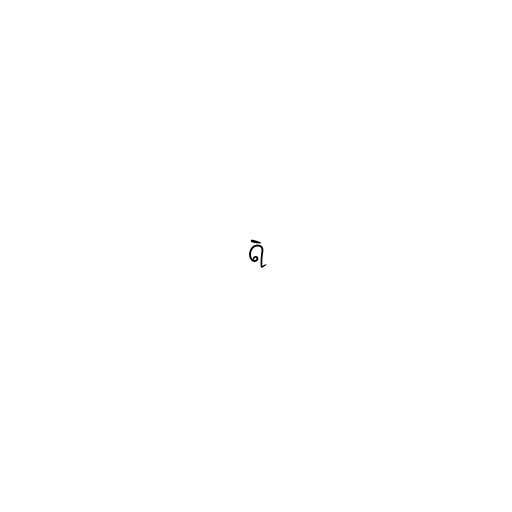
ရဲ